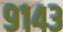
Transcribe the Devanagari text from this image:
९१४३